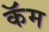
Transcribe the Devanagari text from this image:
कॅम